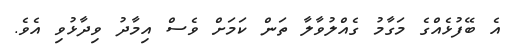
އެ ބޭފުޅެއްގެ މަގާމު ގެއްލުވާލާ ތަން ކަމަށް ވެސް އިމާދު ވިދާޅުވި އެވެ.